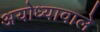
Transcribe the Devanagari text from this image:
अयोध्यावाले